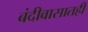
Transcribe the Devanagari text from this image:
बंदीवासातही